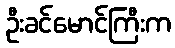
ဦးခင်မောင်ကြီးက